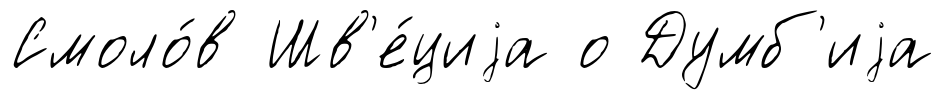
Смоло́в Шв'е́циjа о Думб'иjа